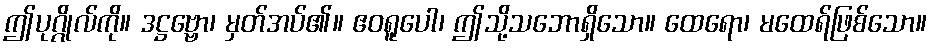
ဤပုဂ္ဂိုလ်ကို။ ဒဋ္ဌဗ္ဗော၊ မှတ်အပ်၏။ ဧဝရူပေါ၊ ဤသို့သဘောရှိသော။ ထေရော၊ မထေရ်ဖြစ်သော။